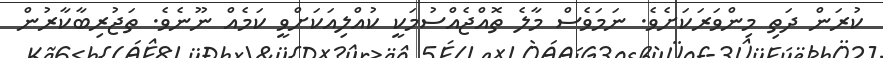
ކުރަން ދަތި މިންވަރަކަށެވެ. ނަމަވެސް މާލެ ތޮއްޖެއްސުމަކީ ކުއްލިއަކަށްވީ ކަމެއް ނޫނެވެ. ތަޖުރިބާކާރުން